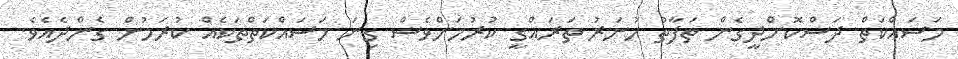
މަސައްކަތް ދަސްކޮށްދީގެން ތަފާތު ހުނަރު ތަރައްގީ ކުރުމަށްވެސް ގިނަ މަސައްކަތްތަކެއް ކުރަމުން ގެންދެއެވެ.